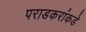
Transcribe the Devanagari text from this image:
पराडकरांकडे